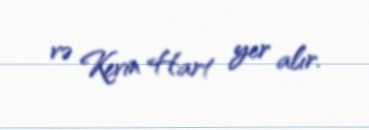
və Kevin Hart yer alır.